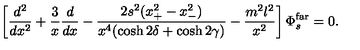
\left[ { \frac { d ^ { 2 } } { d x ^ { 2 } } } + { \frac { 3 } { x } } { \frac { d } { d x } } - { \frac { 2 s ^ { 2 } ( x _ { + } ^ { 2 } - x _ { - } ^ { 2 } ) } { x ^ { 4 } ( \cosh 2 \delta + \cosh 2 \gamma ) } } - { \frac { m ^ { 2 } l ^ { 2 } } { x ^ { 2 } } } \right] \Phi _ { s } ^ { \mathrm { f a r } } = 0 .